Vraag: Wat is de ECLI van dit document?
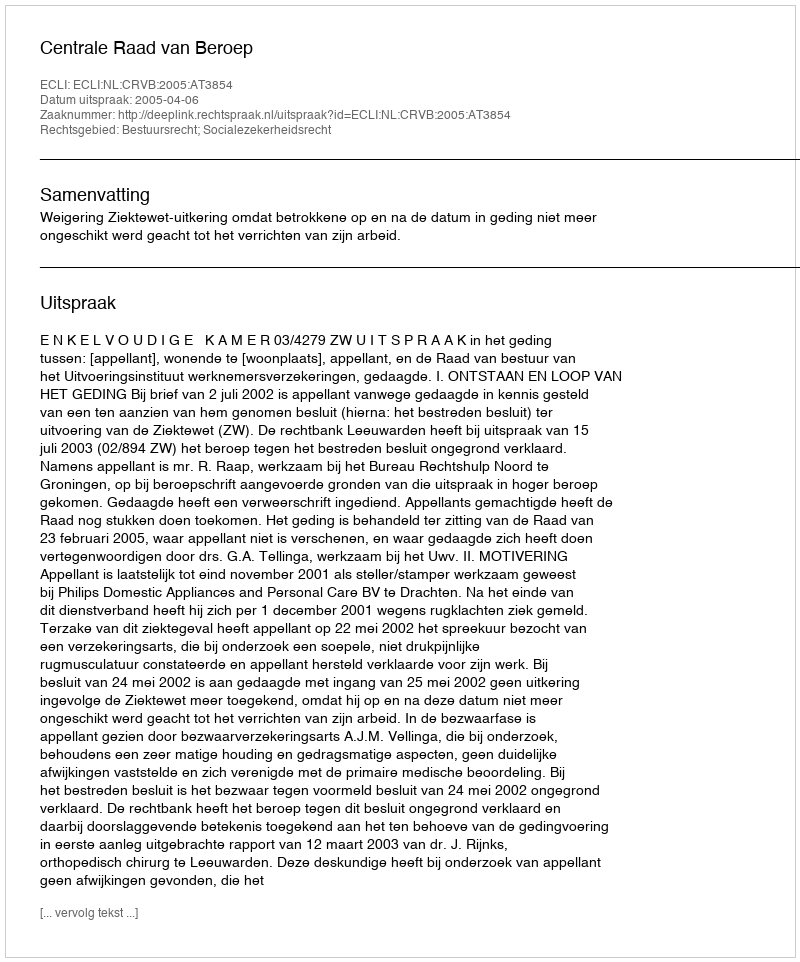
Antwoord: ECLI:NL:CRVB:2005:AT3854